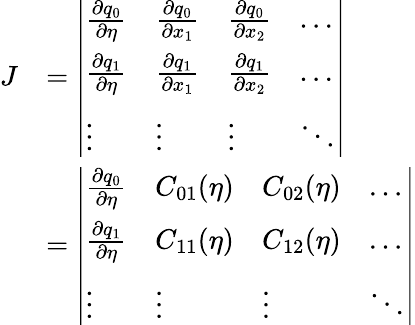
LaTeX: \begin{array}{rl}{J}&{=\left|\begin{array}{llll}{\frac{\partial q_{0}}{\partial\eta}}&{\frac{\partial q_{0}}{\partial x_{1}}}&{\frac{\partial q_{0}}{\partial x_{2}}}&{\dots}\\ {\frac{\partial q_{1}}{\partial\eta}}&{\frac{\partial q_{1}}{\partial x_{1}}}&{\frac{\partial q_{1}}{\partial x_{2}}}&{\dots}\\ {\vdots}&{\vdots}&{\vdots}&{\ddots}\end{array}\right|}\\ &{=\left|\begin{array}{llll}{\frac{\partial q_{0}}{\partial\eta}}&{C_{01}(\eta)}&{C_{02}(\eta)}&{\dots}\\ {\frac{\partial q_{1}}{\partial\eta}}&{C_{11}(\eta)}&{C_{12}(\eta)}&{\dots}\\ {\vdots}&{\vdots}&{\vdots}&{\ddots}\end{array}\right|}\end{array}